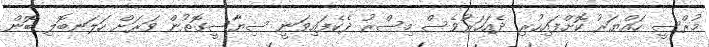
މުރްސީ ހައްޔަރު ކޮށްފައިހުރި ދެއަހަރުވެސް މިސްރު ދެކެފައިވަނީ ސިޔާސީގޮތުން ވަރަށް ހަލަނބޮލި ބޮން